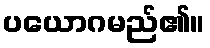
ပယောဂမည်၏။